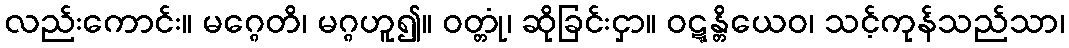
လည်းကောင်း။ မဂ္ဂေတိ၊ မဂ္ဂဟူ၍။ ဝတ္တုံ၊ ဆိုခြင်းငှာ။ ဝဋ္ဋန္တိယေဝ၊ သင့်ကုန်သည်သာ၊